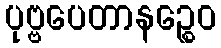
ပုဗ္ဗပေတာနဉ္စေဝ